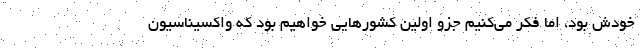
خودش بود، اما فکر می‌کنیم جزو اولین کشورهایی خواهیم بود که واکسیناسیون